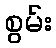
စွမ်း